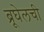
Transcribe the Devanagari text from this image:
ब्रूघेलची